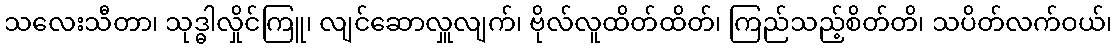
သလေးသီတာ၊ သုဒ္ဓါလှိုင်ကြူ၊ လျင်ဆောလှူလျက်၊ ဗိုလ်လူထိတ်ထိတ်၊ ကြည်သည့်စိတ်တိ၊ သပိတ်လက်ဝယ်၊